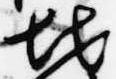
地